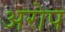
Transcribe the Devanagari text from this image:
अरोप